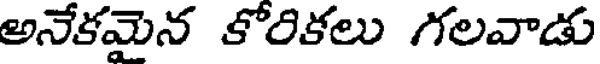
అనేకమైన కోరికలు గలవాడు